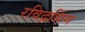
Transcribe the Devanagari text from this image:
रविद्रसिंग